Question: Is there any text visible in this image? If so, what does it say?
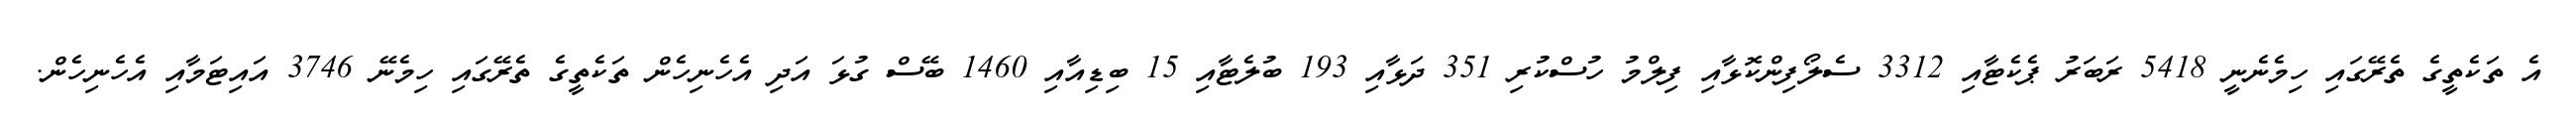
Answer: އެ ތަކެތީގެ ތެރޭގައި ހިމެނެނީ 5418 ރަބަރު ޕެކެޓާއި 3312 ސެލޯފިންކޮޅާއި ފިލްމު ހުސްކުރި 351 ދަޅާއި 193 ބުލެޓާއި 15 ބިޑިއާއި 1460 ބޭސް ގުޅަ އަދި އެހެނިހެން ތަކެތީގެ ތެރޭގައި ހިމެނޭ 3746 އައިޓަމާއި އެހެނިހެން.